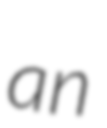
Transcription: an